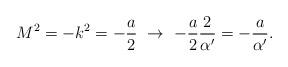
LaTeX: \begin{align*}M^2 = -k^2 = -\frac{a}{2} \ \to\ -\frac{a}{2} \frac{2}{\alpha'}= -\frac{a}{\alpha'}. \end{align*}